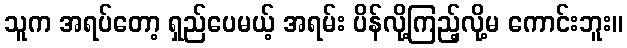
သူက အရပ်တော့ ရှည်ပေမယ့် အရမ်း ပိန်လို့ကြည့်လို့မ ကောင်းဘူး။